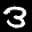
Label: 3